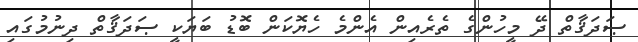
ޞަދަޤާތް ދޭ މީހުންގެ ތެރެއިން އެންމެ ހެޔޮކަން ބޮޑު ބަޔަކީ ޞަދަޤާތް ދިނުމުގައި